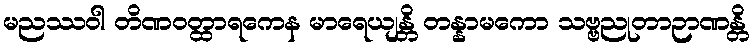
မညဿဝါ တိဏဝတ္ထာရကေန မာရေယျန္တိ တန္နာမကော သဗ္ဗညုတာဉာဏန္တိ